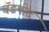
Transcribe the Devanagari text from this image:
बॅडपीट